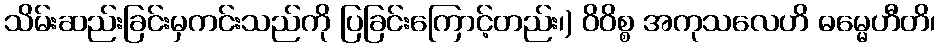
သိမ်းဆည်းခြင်းမှကင်းသည်ကို ပြခြင်းကြောင့်တည်း၊) ဝိဝိစ္စ အကုသလေဟိ ဓမ္မေဟီတိ၊